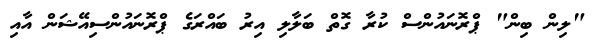
"ލިން ބިން" ޕްރޮނައުންސް ކުރާ ގޮތް ބަލާލި އިރު ބައްރަގެ ޕްރޮނައުންސިއޭޝަން އާއި